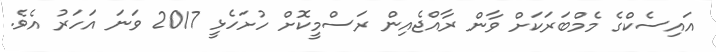
އައިސެކްގެ މެމްބަރަކަށް ވާން ރާއްޖެއިން ރަސްމީކޮށް ހުށަހެޅީ 2017 ވަނަ އަހަރު އެވެ.